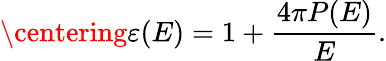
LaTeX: \centering\varepsilon(E)=1+\frac{4\pi P(E)}{E}.